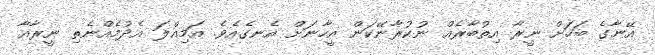
އޭނާގެ ބަހަށް ނީރާ އިތުބާރެއް ނުކުރާނޭކަން އީހާނަށް އެނގެއެވެ. އަމިއްލަ އެދުމެއްނެތި ނީރާއާ